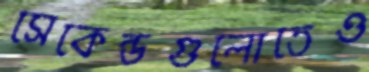
সেকেন্ডগুলোতেও